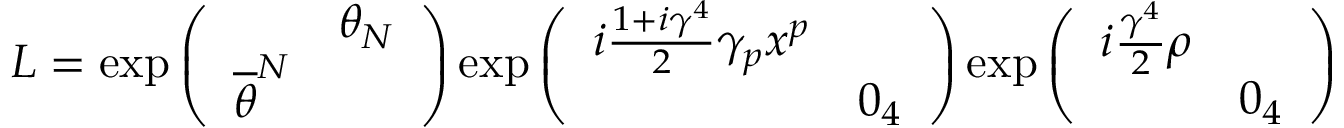
L = \exp \left( \begin{array} { c c } { { } } & { { \theta _ { N } } } \\ { { \overline { { { \theta } } } ^ { N } } } & { { } } \end{array} \right) \exp \left( \begin{array} { c c } { { i \frac { 1 + i \gamma ^ { 4 } } { 2 } \gamma _ { p } x ^ { p } } } & { { } } \\ { { } } & { { 0 _ { 4 } } } \end{array} \right) \exp \left( \begin{array} { c c } { { i \frac { \gamma ^ { 4 } } { 2 } \rho } } & { { } } \\ { { } } & { { 0 _ { 4 } } } \end{array} \right)